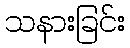
သနားခြင်း